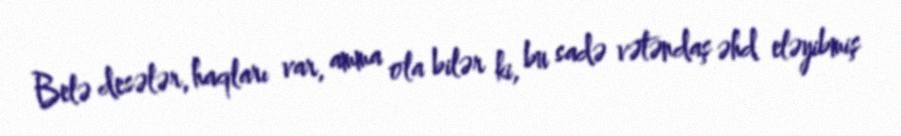
Belə desələr, haqları var, amma ola bilər ki, bu sadə vətəndaş əhd eləyibmiş